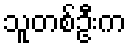
သူတစ်ဦးက